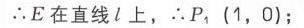
$\therefore E\text{ 在直线 }l\text{ 上，}\therefore P_1\left(1,0\right);$